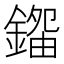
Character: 𨪿